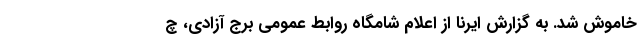
خاموش شد. به گزارش ایرنا از اعلام شامگاه روابط عمومی برج آزادی، چ